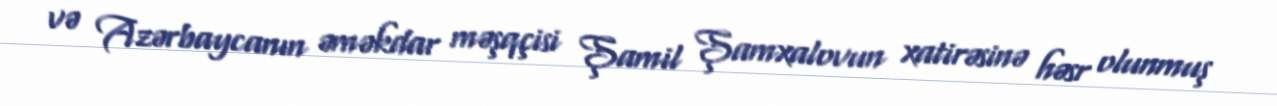
və Azərbaycanın əməkdar məşqçisi Şamil Şamxalovun xatirəsinə həsr olunmuş